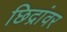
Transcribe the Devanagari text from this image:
छिद्रांवर